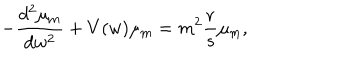
- \frac { d ^ { 2 } \mu _ { \mathrm { m } } } { d w ^ { 2 } } + V ( w ) \mu _ { \mathrm { m } } = m ^ { 2 } \frac { r } { s } \mu _ { \mathrm { m } } ,